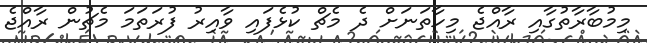
މިމުބާރާތުގާއި ރާއްޖެ މިހާތަނަށް ދެ މެޗް ކުޅެފައި ވާއިރު ފުރަތަމަ މެޗުން ރާއްޖެ